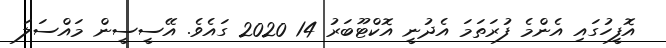
އޮފީހުގައި އެންމެ ފުރަތަމަ އެދުނީ އޮކްޓޫބަރު 14 2020 ގައެވެ. އޭސީސީން މައްސަލަ